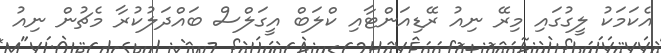
އެކަމަކު ލީގުގައި މިރޭ ނިއު ރޭޑިއަންޓާއި ކްލަބް އީގަލްސް ބައްދަލުކުރާ މެޗުން ނިއު